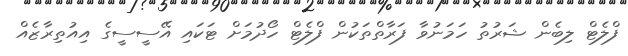
ފްލެޓް ލިބެން ޝަރުތު ހަމަނުވާ ފަރާތްތަކުން ފްލެޓް ހޯދުމަށް ޓަކައި އޭސީސީގެ އިއުތިރާޒެއް